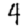
Digit: 4